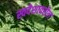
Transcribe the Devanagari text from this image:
स्वदेशावरील